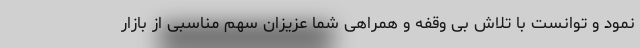
نمود و توانست با تلاش بی وقفه و همراهی شما عزیزان سهم مناسبی از بازار